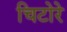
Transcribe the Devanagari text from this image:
चिटोरे